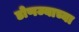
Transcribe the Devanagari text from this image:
डोणज्याच्या